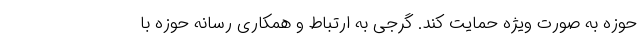
حوزه به صورت ویژه حمایت کند. گرجی به ارتباط و همکاری رسانه حوزه با